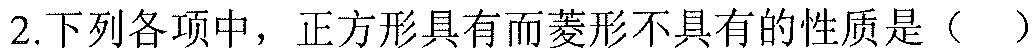
2.下列各项中，正方形具有而菱形不具有的性质是（  ）